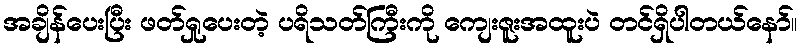
အချိန်ပေးပြီး ဖတ်ရှုပေးတဲ့ ပရိသတ်ကြီးကို ကျေးဇူးအထူးပဲ တင်ရှိပါတယ်နော်။